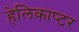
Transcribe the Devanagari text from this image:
हेलिकाप्‍टर